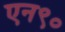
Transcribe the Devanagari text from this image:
एन९०